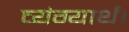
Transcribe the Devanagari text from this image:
व्यंग्यार्थ।